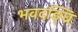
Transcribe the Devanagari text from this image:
भवदङ्घ्रि